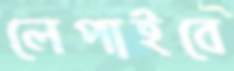
লেপাইবে